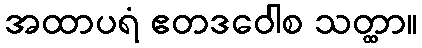
အထာပရံ ဧတဒဝေါစ သတ္ထာ။